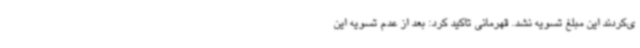
ی‌کردند این مبلغ تسویه نشد. قهرمانی تاکید کرد: بعد از عدم تسویه این